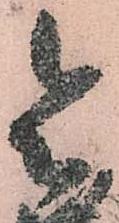
令